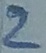
Text: 2